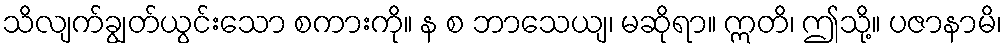
သိလျက်ချွတ်ယွင်းသော စကားကို။ န စ ဘာသေယျ၊ မဆိုရာ။ ဣတိ၊ ဤသို့။ ပဇာနာမိ၊